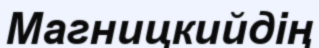
Магницкийдің